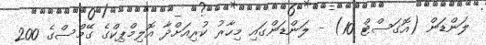
ލަންޑަން (އޮގަސްޓް 10) - ލަންޑަންގައި މިހާރު ކުރިއަށްދާ އޮލިމްޕިކްގެ ގޭމްސްގެ 200